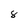
Character: 8